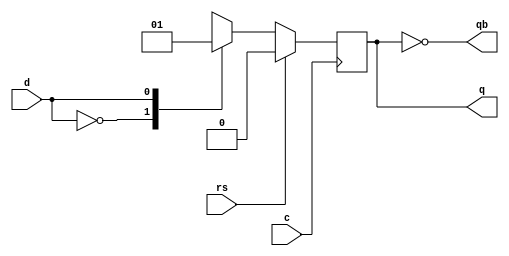
`timescale 1ns / 1ps
//////////////////////////////////////////////////////////////////////////////////
// Company: 
// Engineer: 
// 
// Design Name: 
// Module Name:    Dff 
// Project Name: 
// Target Devices: 
// Tool versions: 
// Description: 
//
// Dependencies: 
//
// Revision: 
// Revision 0.01 - File Created
// Additional Comments: 
//
//////////////////////////////////////////////////////////////////////////////////
module Dff(q,qb,d,c,rs
    );
input d,c,rs;
output qb,q;
reg q;
assign qb=~q;
always@(posedge c)
begin
if(rs)
q=0;
else
casex(d)
1'b0:q=1'b0;
1'b1:q=1'b1;
endcase
end
endmodule